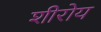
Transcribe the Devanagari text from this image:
शीरोय